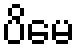
ပိမေ